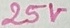
Text: 25V